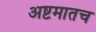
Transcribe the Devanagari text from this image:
अष्टमातच